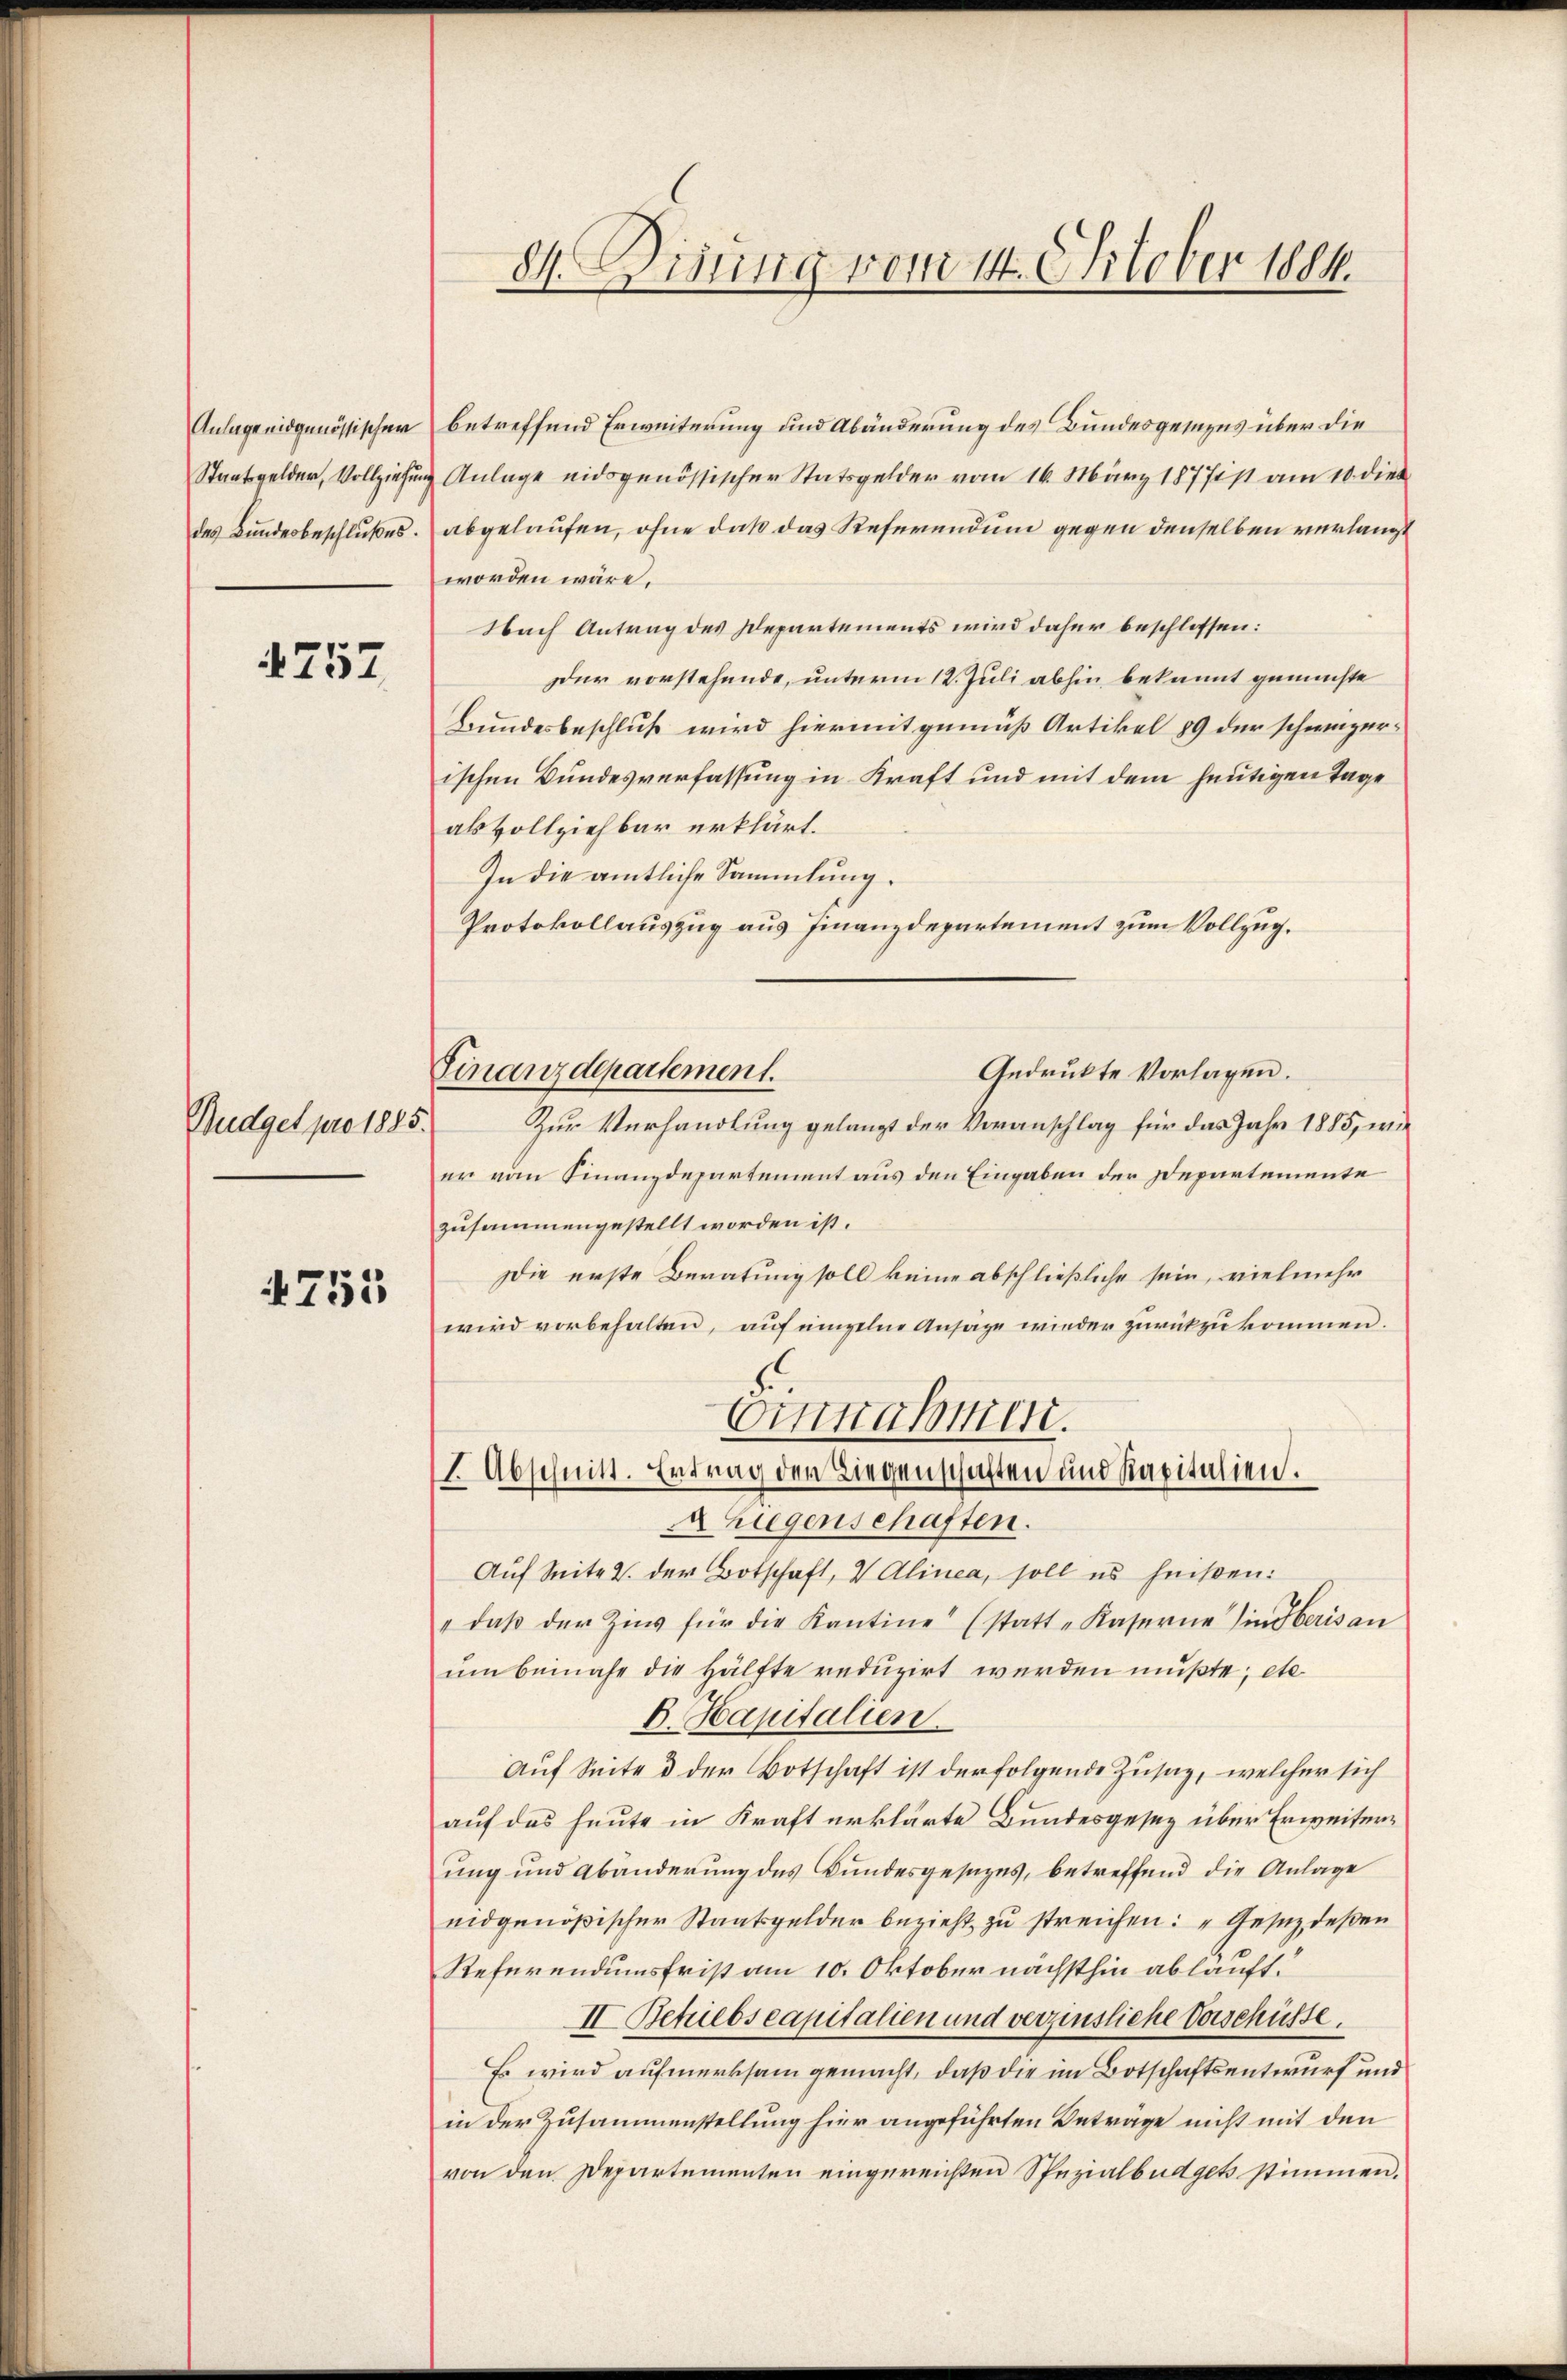
Anlage eidgenössischer
Staatsgelder, Vollziehun
des Bundesbeschlußes.

1757

Budget pro 1885.

4755

84. Disung vom 14. October 1884.

betreffend Erweiterung und Abänderung des Bundesgemens über die
u Anlage eidsgenössischer Statsgelder vom 16. März 187711 am 10. dies
abgelaufen, ohne daß das Referendum gegen denselben verlangt
worden wäre.
Nach Antrag des Departements wird daher beschlossen:
Der vorstehende, unterm 12. Juli abhin bekannt gemachte
Bundesbeschluß wird hiermit gemäß Artikel 89 der schweizerischen Bundesverfassung in Kraft und mit dem heutigen Tage
als Vollziehbar erklärt.
In die amtliche Sammlung.
Protokollauszug aus Finanzdepartement zum Vollzug.
Zur Verhandlung gelangt der Voranschlag für das Jahr 1885, wie
er vom Finanzdepartement aus den Eingaben der Departemente
zusammengestellt worden ist.
Die erste Beratung soll keine abschließliche sein, vielmehr
wird vorbehalten, auf einzelne Ansage wieder zurückzukommen.
Eintrassen.
I. Abschnitt. Ertrag der Liegenschaften und Kapitulien.
ALiegenschaften.
Auf Seite 2. der Botschaft, V Alinea, soll es heißen:
" daβ der Zins für die Kantine (statt-Kaserne in Heris an
um beinahe die Hälfte reduzirt werden mußte; etc.
B. Kapitalien.
Auf Seite & der Botschaft ist der folgende Zusatz, welcher sich
auf das heute in Kraft erklärte Bundesgesez über Erweiterung und Abänderung des Bundesgesezes, betreffend die Anlage
eidgenößischer Staatsgelder bezieht zu streichen: „Gesez deßen
Referendumsfrist am 10. Oktober nächsthin ablauft.
II. Betriebscapitalien und verzinsliche Vorschüsse.
Es wird aufmerksam gemacht, daß die im Botschaftsentwurf und
in der Zusammenstellung hier angeführten Betrage nicht mit den
von den Departementen eingereichten Spezialbüdget stimmen.

Gedruckte Vorlagen.
Finanzdepartement.